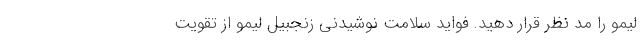
لیمو را مد نظر قرار دهید. فواید سلامت نوشیدنی زنجبیل لیمو از تقویت